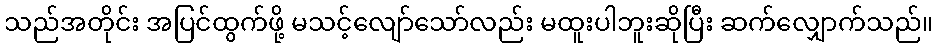
သည်အတိုင်း အပြင်ထွက်ဖို့ မသင့်လျော်သော်လည်း မထူးပါဘူးဆိုပြီး ဆက်လျှောက်သည်။